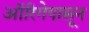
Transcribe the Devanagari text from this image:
ऑरिगेपासून